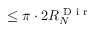
\le \pi \cdot 2 R _ { N } ^ { \textnormal { D i r } }